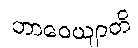
ဘာဝေယျာတိ